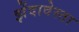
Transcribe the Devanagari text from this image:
झेंदावेस्ता